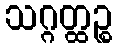
သဂ္ဂတ္ထဉ္စ